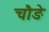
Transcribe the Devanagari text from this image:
चौङे